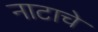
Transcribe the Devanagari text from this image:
नाटाचे